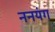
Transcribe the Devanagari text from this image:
ननयंग